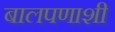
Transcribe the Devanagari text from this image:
बालपणाशी